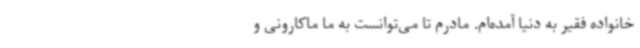
خانواده فقیر به دنیا آمده‌ام. مادرم تا می‌توانست به ما ماکارونی و